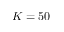
K = 5 0